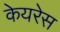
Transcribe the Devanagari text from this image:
केयरेस